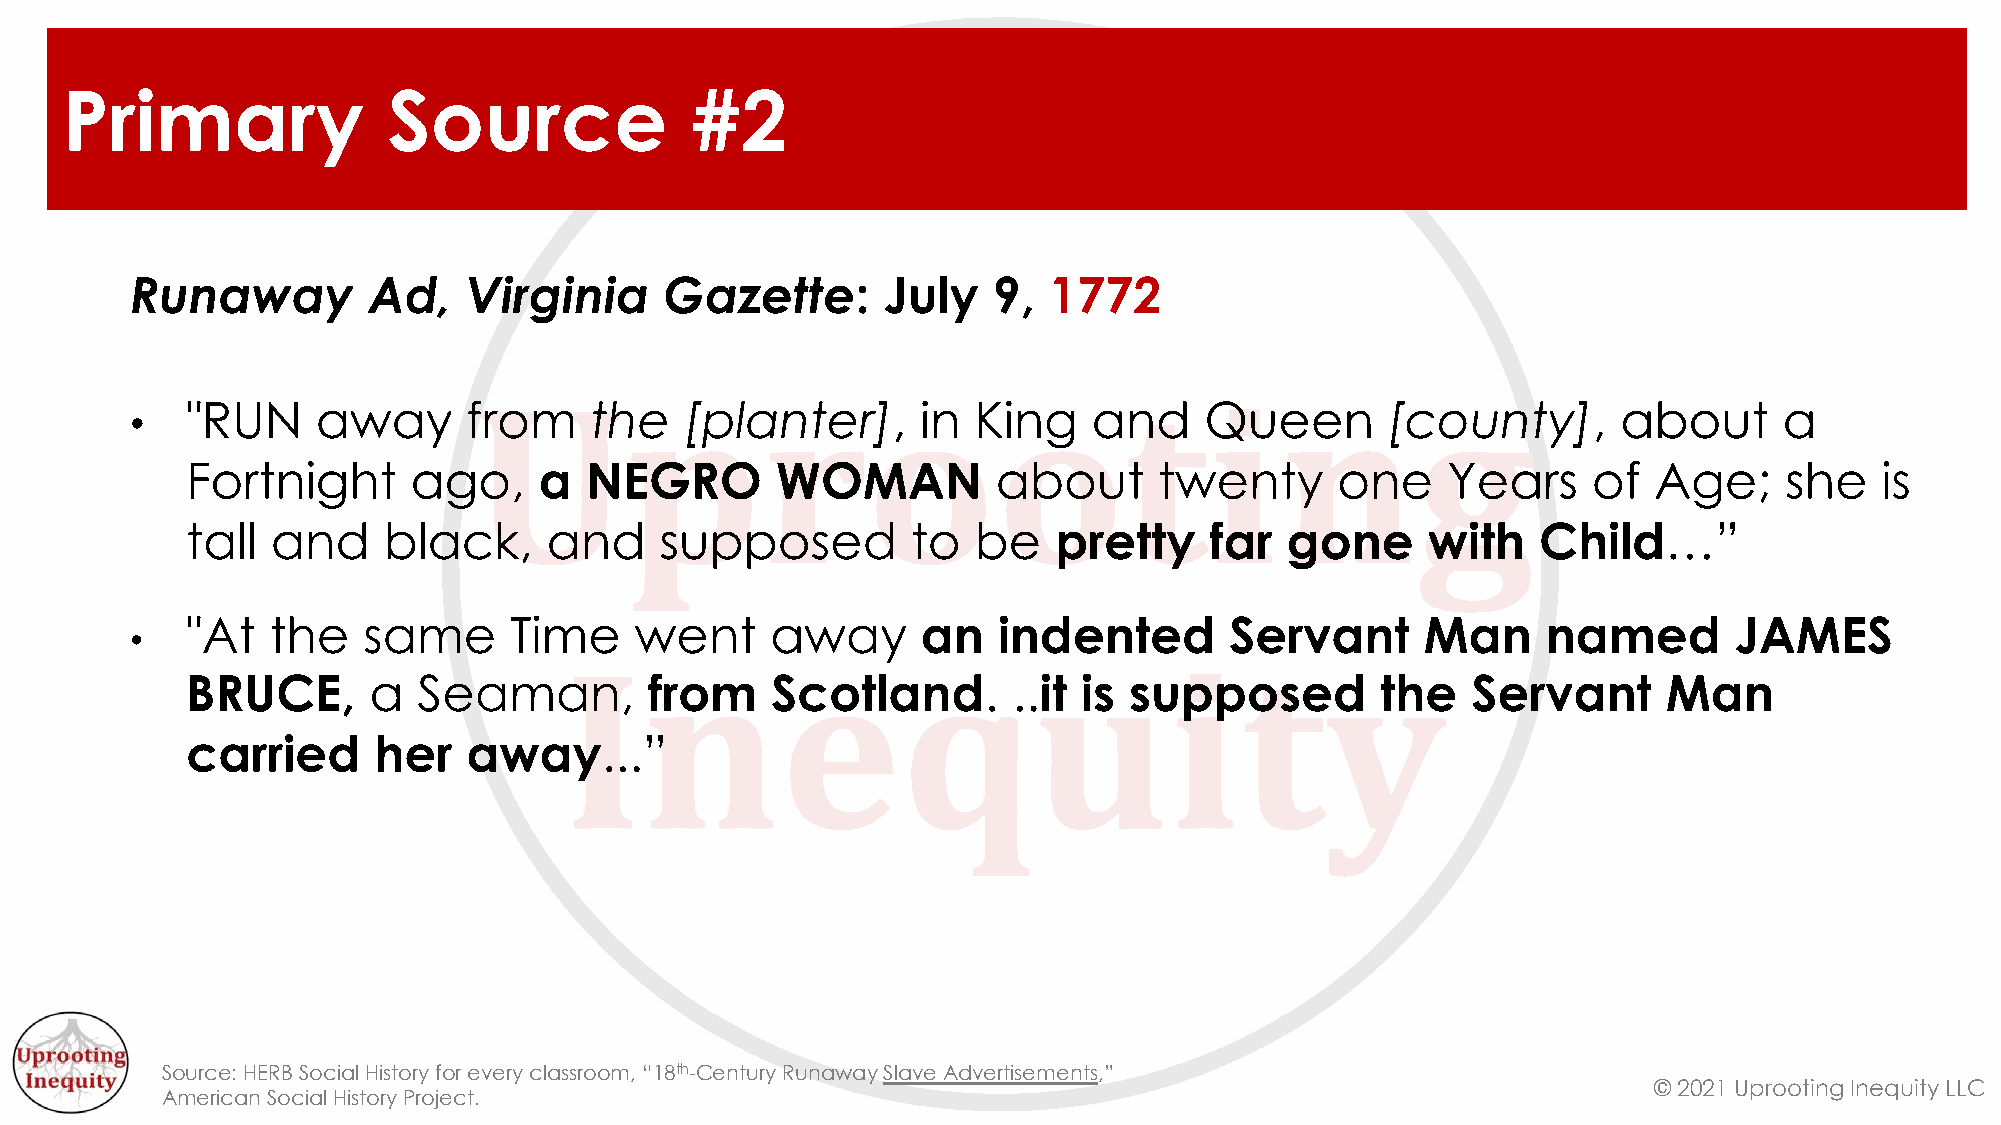
Primary               Source              #2
 Runaway        Ad,    Virginia     Gazette:      July    9, 1772
 •  "RUN     away      from    the   [planter],      in King    and     Queen       [county],      about      a
 Fortnight      ago,     a  NEGRO       WOMAN          about      twenty     one     Years    of  Age;     she    is
 tall  and    black,     and     supposed        to  be    pretty    far  gone     with    Child…”
 "At   the   same      Time    went     away      an   indented       Servant      Man     named        JAMES
 •
 BRUCE,      a   Seaman,        from    Scotland.       ..it is supposed        the   Servant      Man
 carried      her   away...”
 Source: HERB Social History for every classroom, “18th-Century Runaway Slave Advertisements,”
 © 2021 Uprooting Inequity LLC
 American Social History Project.